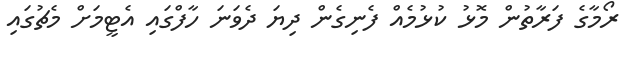
ރޯމާގެ ފަރާތުން މޮޅު ކުޅުމެއް ފެނިގެން ދިޔަ ދެވަނަ ހާފްގައި އެޓީމަށް މެޗުގައި